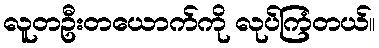
လူတဦးတယောက်ကို လုပ်ကြံတယ်။